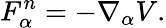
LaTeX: F_{\alpha}^{n}=-\nabla_{\alpha}V.